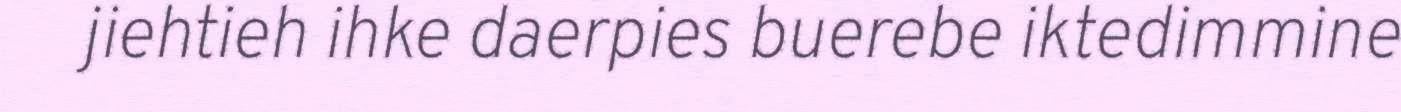
jiehtieh ihke daerpies buerebe iktedimmine